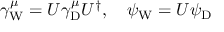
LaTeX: \gamma _ { \mathrm { { W } } } ^ { \mu } = U \gamma _ { \mathrm { { D } } } ^ { \mu } U ^ { \dagger } , \quad \psi _ { \mathrm { { W } } } = U \psi _ { \mathrm { { D } } }